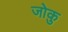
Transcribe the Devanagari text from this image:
जोकु